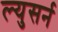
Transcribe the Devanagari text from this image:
ल्युसर्न